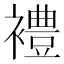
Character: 𫌓